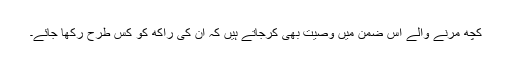
کچھ مرنے والے اس ضمن میں وصیت بھی کرجاتے ہیں کہ ان کی راکھ کو کس طرح رکھا جائے۔